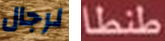
لرجال طنطا